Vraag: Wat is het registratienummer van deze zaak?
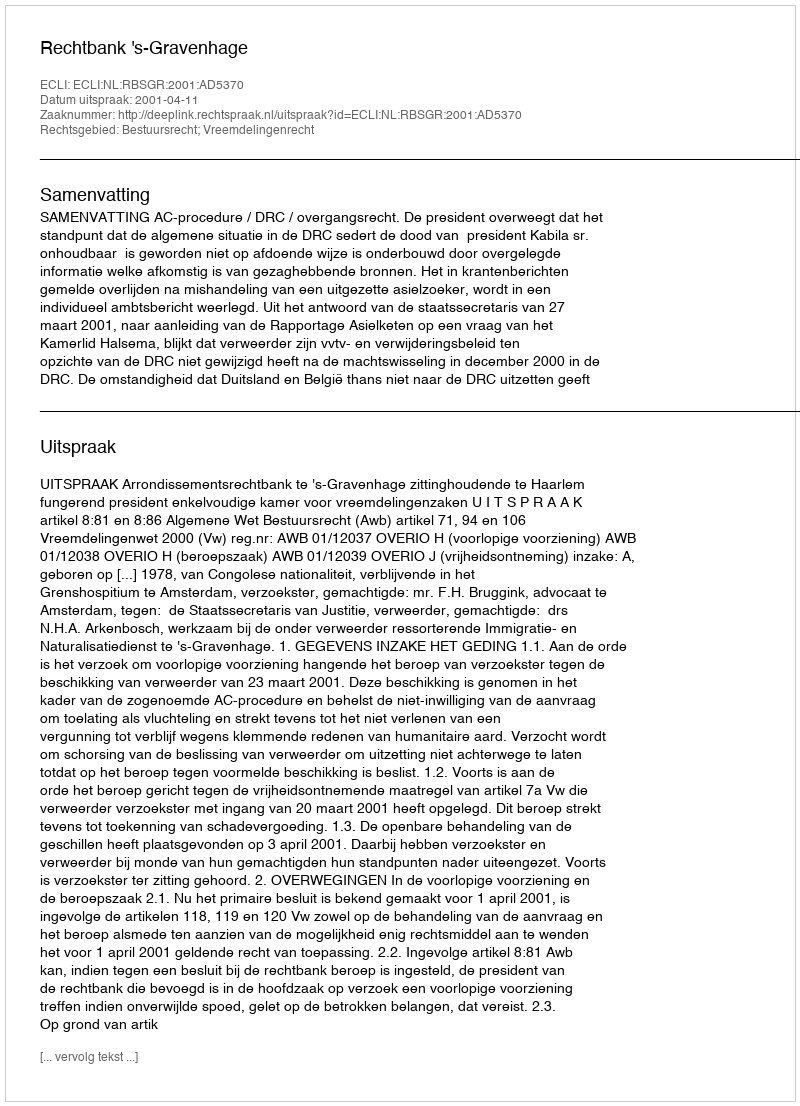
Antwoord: http://deeplink.rechtspraak.nl/uitspraak?id=ECLI:NL:RBSGR:2001:AD5370